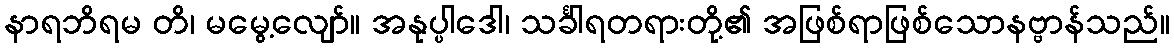
နာရဘိရမ တိ၊ မမွေ့လျော်။ အနုပ္ပါဒေါ၊ သင်္ခါရတရားတို့၏ အဖြစ်ရာဖြစ်သောနဗ္ဗာန်သည်။